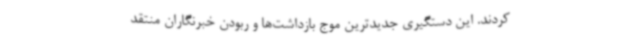
کردند. این دستگیری جدیدترین موج بازداشت‌ها و ربودن خبرنگاران منتقد